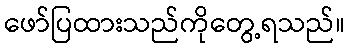
ဖော်ပြထားသည်ကိုတွေ့ရသည်။